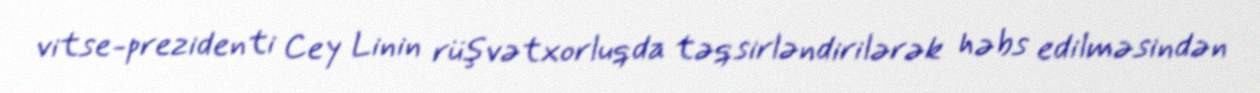
vitse-prezidenti Cey Linin rüşvətxorluqda təqsirləndirilərək həbs edilməsindən